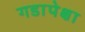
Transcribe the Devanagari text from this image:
गडापेक्षा